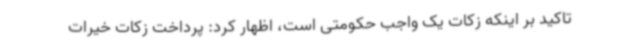
تاکید بر اینکه زکات یک واجب حکومتی است، اظهار کرد: پرداخت زکات خیرات